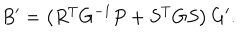
B ^ { \prime } = \left( R ^ { T } G ^ { - 1 } P + S ^ { T } G S \right) G ^ { \prime } .